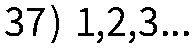
37) 1,2,3...